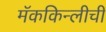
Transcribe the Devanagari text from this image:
मॅककिन्लीची